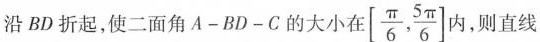
沿BD折起，使二面角A-BD-C的大小在[ \frac{π}{6}, \frac{5π}{6}]内，则直线